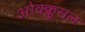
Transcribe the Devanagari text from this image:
ओक्क्लुसल